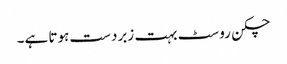
چکن روسٹ بہت زبردست ہوتا ہے۔